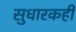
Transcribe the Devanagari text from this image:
सुधारकही